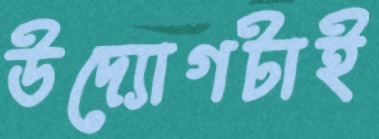
উদ্যোগটাই